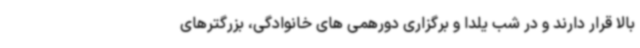
بالا قرار دارند و در شب یلدا و برگزاری دورهمی های خانوادگی، بزرگترهای